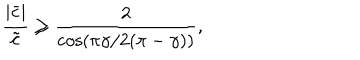
\frac { | \bar { c } | } { \tilde { c } } \geq \frac { 2 } { \cos ( \pi \gamma / 2 ( \pi - \gamma ) ) } ,